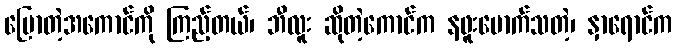
ပြောတဲ့အကောင်ကို ကြည့်တယ်၊ ဘီလူး ဆိုတဲ့ကောင်က နဖူးမောက်သတဲ့၊ နှာရောင်က